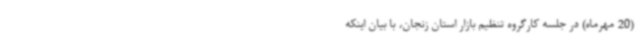
(20 مهرماه) در جلسه کارگروه تنظیم بازار استان زنجان، با بیان اینکه